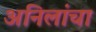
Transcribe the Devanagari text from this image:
अनिलांचा